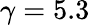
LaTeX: \gamma=5.3